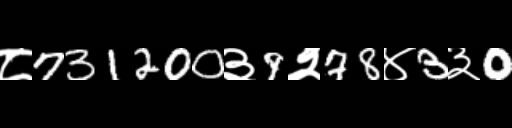
Text: ८731200३9२78४3३0